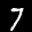
Label: 7